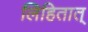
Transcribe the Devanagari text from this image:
लिहितात्